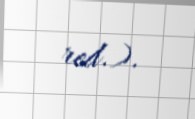
red.).